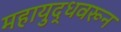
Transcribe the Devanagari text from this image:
महायुद्धवरून